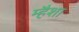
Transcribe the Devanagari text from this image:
म्हैशा